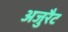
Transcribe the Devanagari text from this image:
अजुरैट